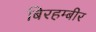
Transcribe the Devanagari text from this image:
बिरहम्बीर